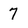
Character: 7